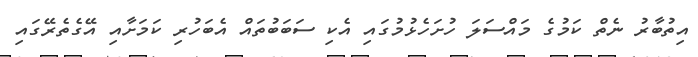
އިތުބާރު ނެތް ކަމުގެ މައްސަލަ ހުށަހެޅުމުގައި އެކި ސަބަބުތައް އެބަހުރި ކަމަށާއި އޭގެތެރޭގައި